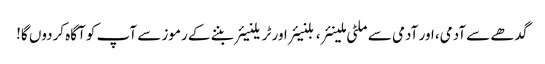
گدھے سے آدمی، اور آدمی سے ملٹی ملینئر، بلنیئر اور ٹریلنیئر بننے کے رموز سے آپ کو آگاہ کردوں گا!